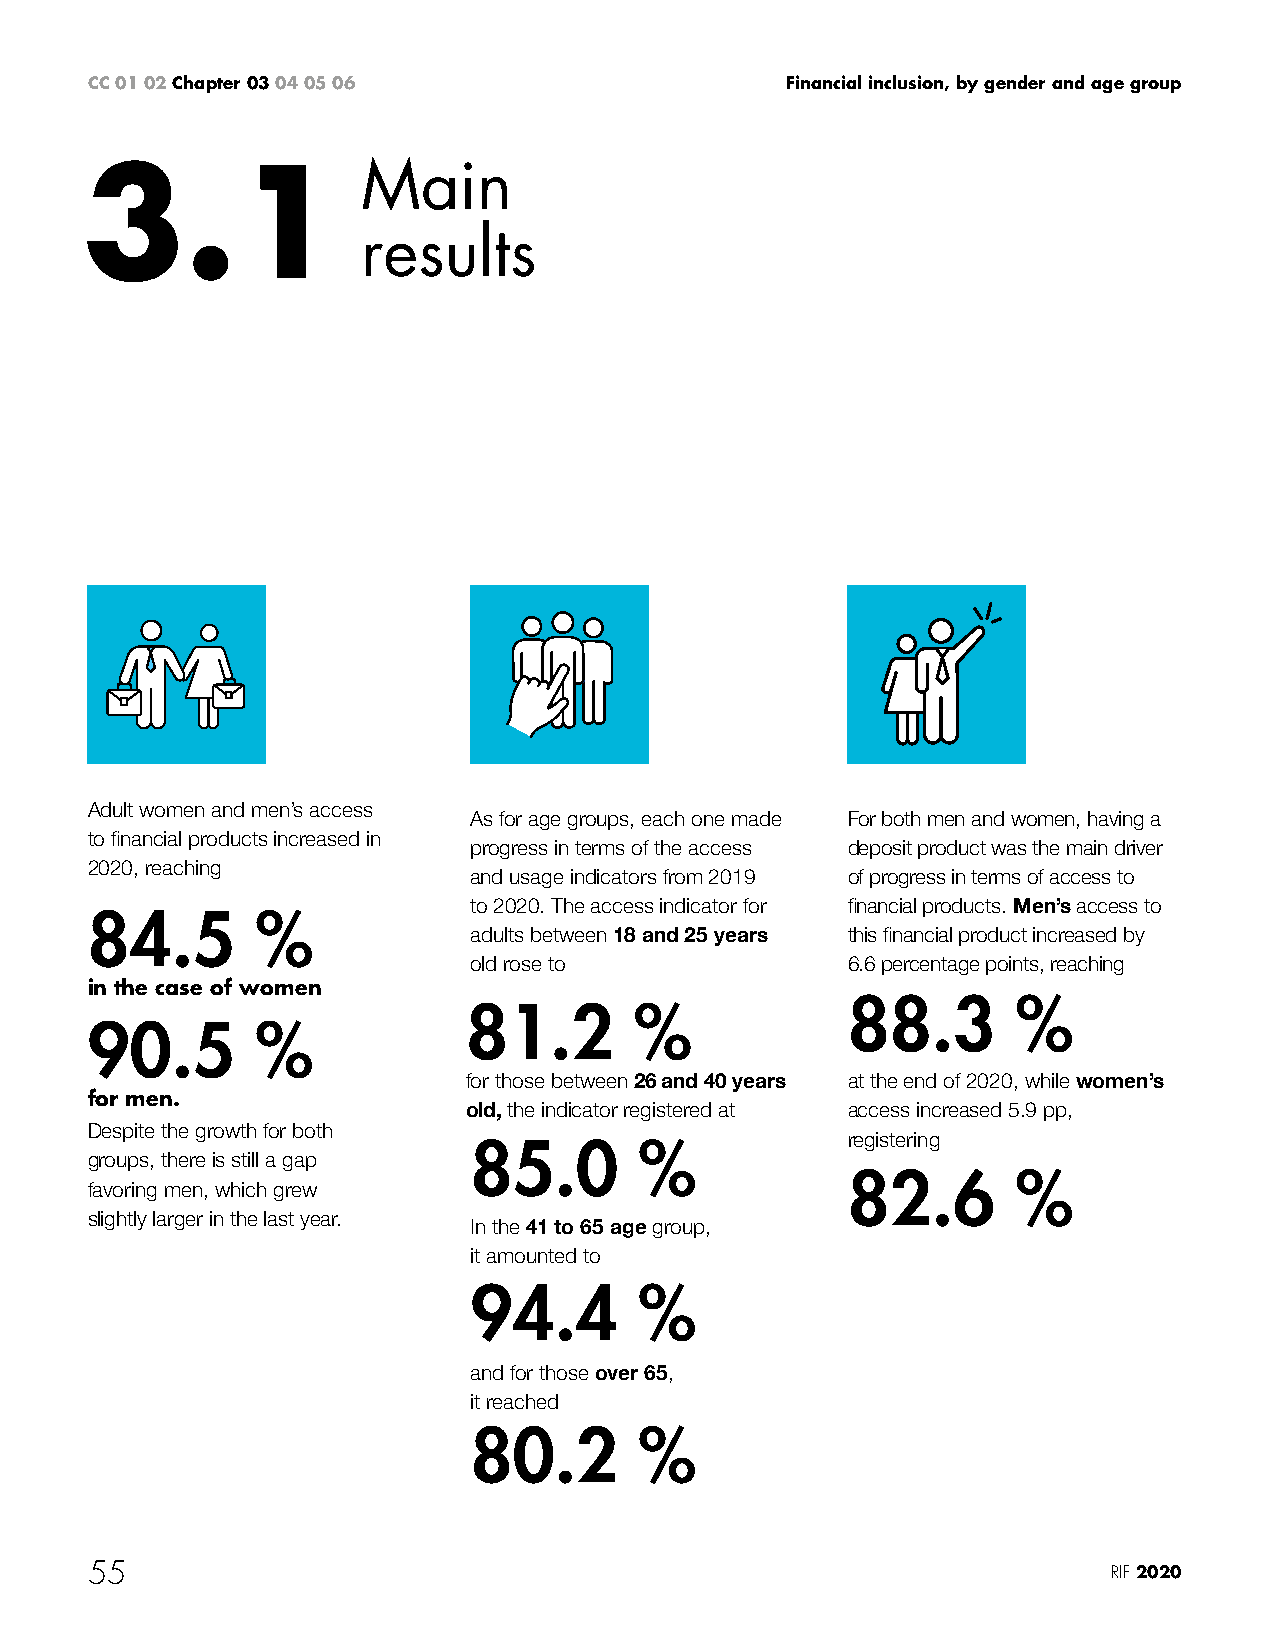
CC 01 02 Chapter 03 04 05 06                  Financial inclusion, by gender and age group
 3.1                Main
 results
 Adult women and men’s access
 As for age groups, each one made For both men and women, having a
 to financial products increased in
 progress in terms of the access deposit product was the main driver
 2020, reaching
 and usage indicators from 2019 of progress in terms of access to
 to 2020. The access indicator for financial products. Men’s access to
 84.5       %
 adults between 18 and 25 years this financial product increased by
 old rose to              6.6 percentage points, reaching
 in the case of women
 88.3       %
 81.2       %
 90.5       %
 for those between 26 and 40 years at the end of 2020, while women’s
 for men.
 old, the indicator registered at access increased 5.9 pp,
 Despite the growth for both
 registering
 85.0       %
 groups, there is still a gap
 82.6       %
 favoring men, which grew
 slightly larger in the last year.
 In the 41 to 65 age group,
 it amounted to
 94.4       %
 and for those over 65,
 it reached
 80.2       %
 55                                                                  RIF 2020